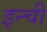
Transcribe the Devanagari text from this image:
इन्ची